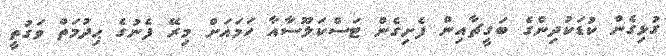
ގުޅިގެން ކުޑަކުދިންގެ ބަގީޗާއިން ފެށިގެން ޓަސްކަލޫސާއާ ހަމައަށް މިރޭ ފެނުގެ ޙިދުމަތް ވަގުތީ